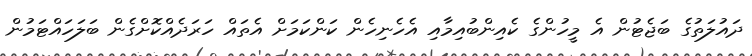
ދައުލަތުގެ ބަޖެޓުން އެ މީހުންގެ ކެއިންބުއިމާއި އެހެނިހެން ކަންކަމަށް އެތައް ހަރަދެއްކޮށްގެން ބަލަހައްޓަމުން